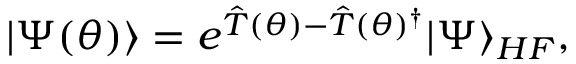
| \Psi ( \boldsymbol { \theta } ) \rangle = e ^ { \hat { T } ( \theta ) - \hat { T } ( \theta ) ^ { \dagger } } | \Psi \rangle _ { H F } ,